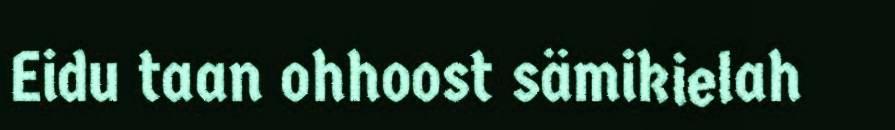
Eidu taan ohhoost sämikielah